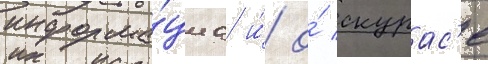
информа́циа и́ о́ скурас'е